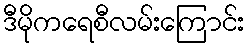
ဒီမိုကရေစီလမ်းကြောင်း